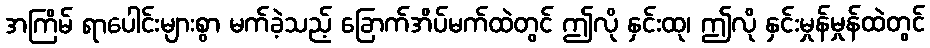
အကြိမ် ရာပေါင်းများစွာ မက်ခဲ့သည့် ခြောက်အိပ်မက်ထဲတွင် ဤလို နှင်းထု၊ ဤလို နှင်းမှုန်မှုန်ထဲတွင်